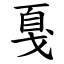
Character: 戛